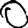
Digit: 0